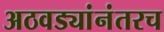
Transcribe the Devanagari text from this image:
अठवड्यांनंतरच